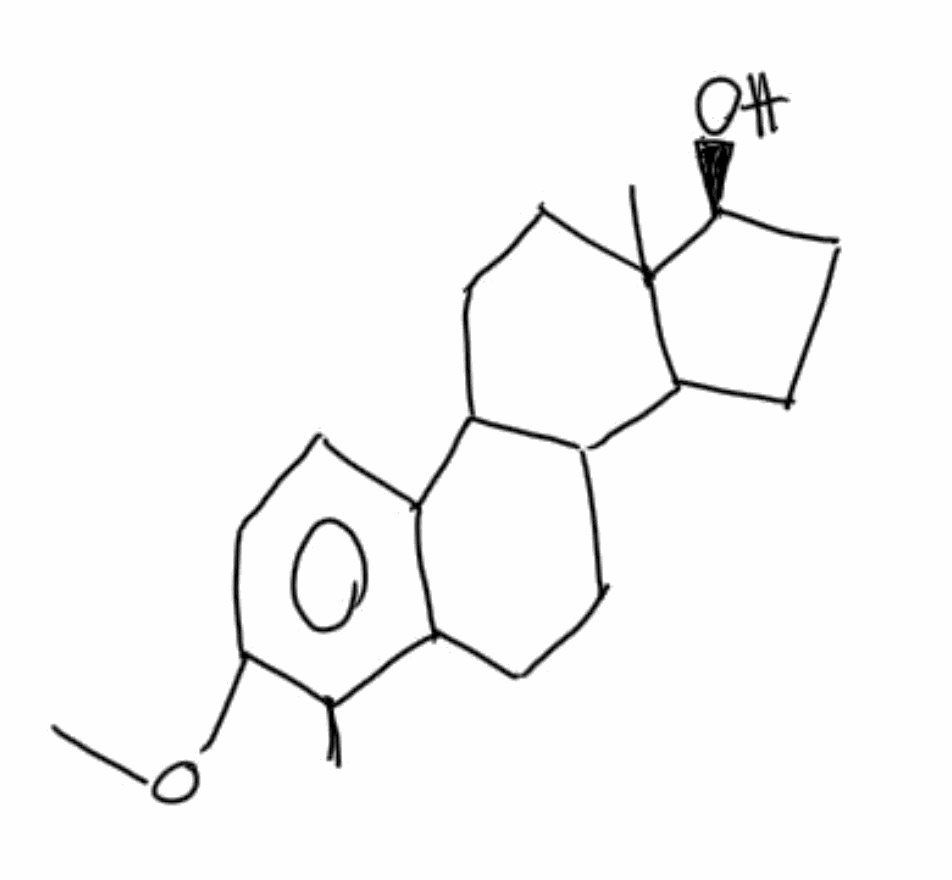
Simplified molecular-input line-entry system (SMILES) notation of the given molecule:
CC1=C(C=CC2=C1CCC3C2CCC4(C3CC[C@@H]4O)C)OC